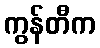
ကွန်တီက